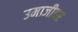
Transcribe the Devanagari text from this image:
उमाजीवर